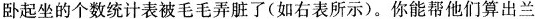
卧起坐的个数统计表被毛毛弄脏了(如右表所示)。你能帮他们算出兰